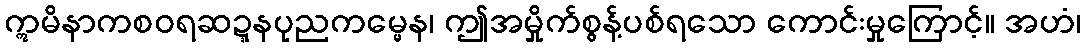
ဣမိနာကစဝရဆဍ္ဍနပုညကမ္မေန၊ ဤအမှိုက်စွန့်ပစ်ရသော ကောင်းမှုကြောင့်။ အဟံ၊